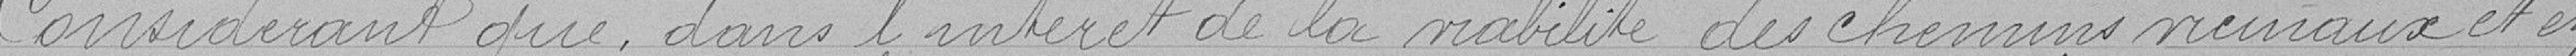
Considérant que, dans l'intérêt de la viabilité des chemins vicinaux et en